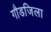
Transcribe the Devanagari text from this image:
गौडजिला